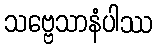
သဗ္ဗေသာနံပါဿ